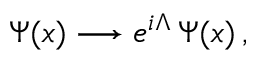
\Psi ( x ) \longrightarrow e ^ { i \Lambda } \, \Psi ( x ) \, ,